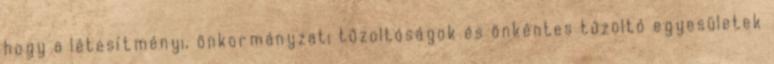
hogy a létesítményi, önkormányzati tűzoltóságok és önkéntes tűzoltó egyesületek